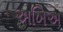
અખિઅ